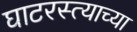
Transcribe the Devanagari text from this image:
घाटरस्त्याच्या